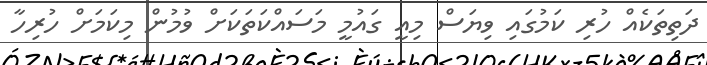
ދަތިތަކެއް ހުރި ކަމުގައި ވިޔަސް މިއީ ގައުމީ މަސައްކަތަކަށް ވުމުން މިކަމަށް ހުރިހާ